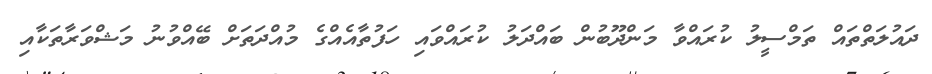
ދައުލަތްތައް ތަމްސީލު ކުރައްވާ މަންދޫބުން ބައްދަލު ކުރައްވައި ހަފުތާއެއްގެ މުއްދަތަށް ބޭއްވުނު މަޝްވަރާތަކާއި